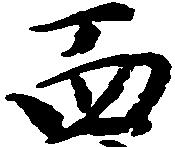
西